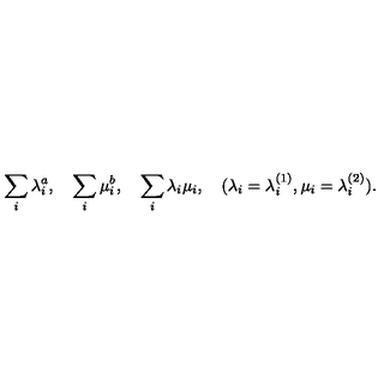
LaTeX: \sum _ { i } \lambda _ { i } ^ { a } , \quad \sum _ { i } \mu _ { i } ^ { b } , \quad \sum _ { i } \lambda _ { i } \mu _ { i } , \quad ( \lambda _ { i } = \lambda _ { i } ^ { ( 1 ) } , \mu _ { i } = \lambda _ { i } ^ { ( 2 ) } ) .